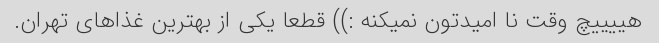
هییییچ وقت نا امیدتون نمیکنه ‌:)) قطعا یکی از بهترین غذاهای تهران.